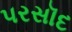
પરસૉદ